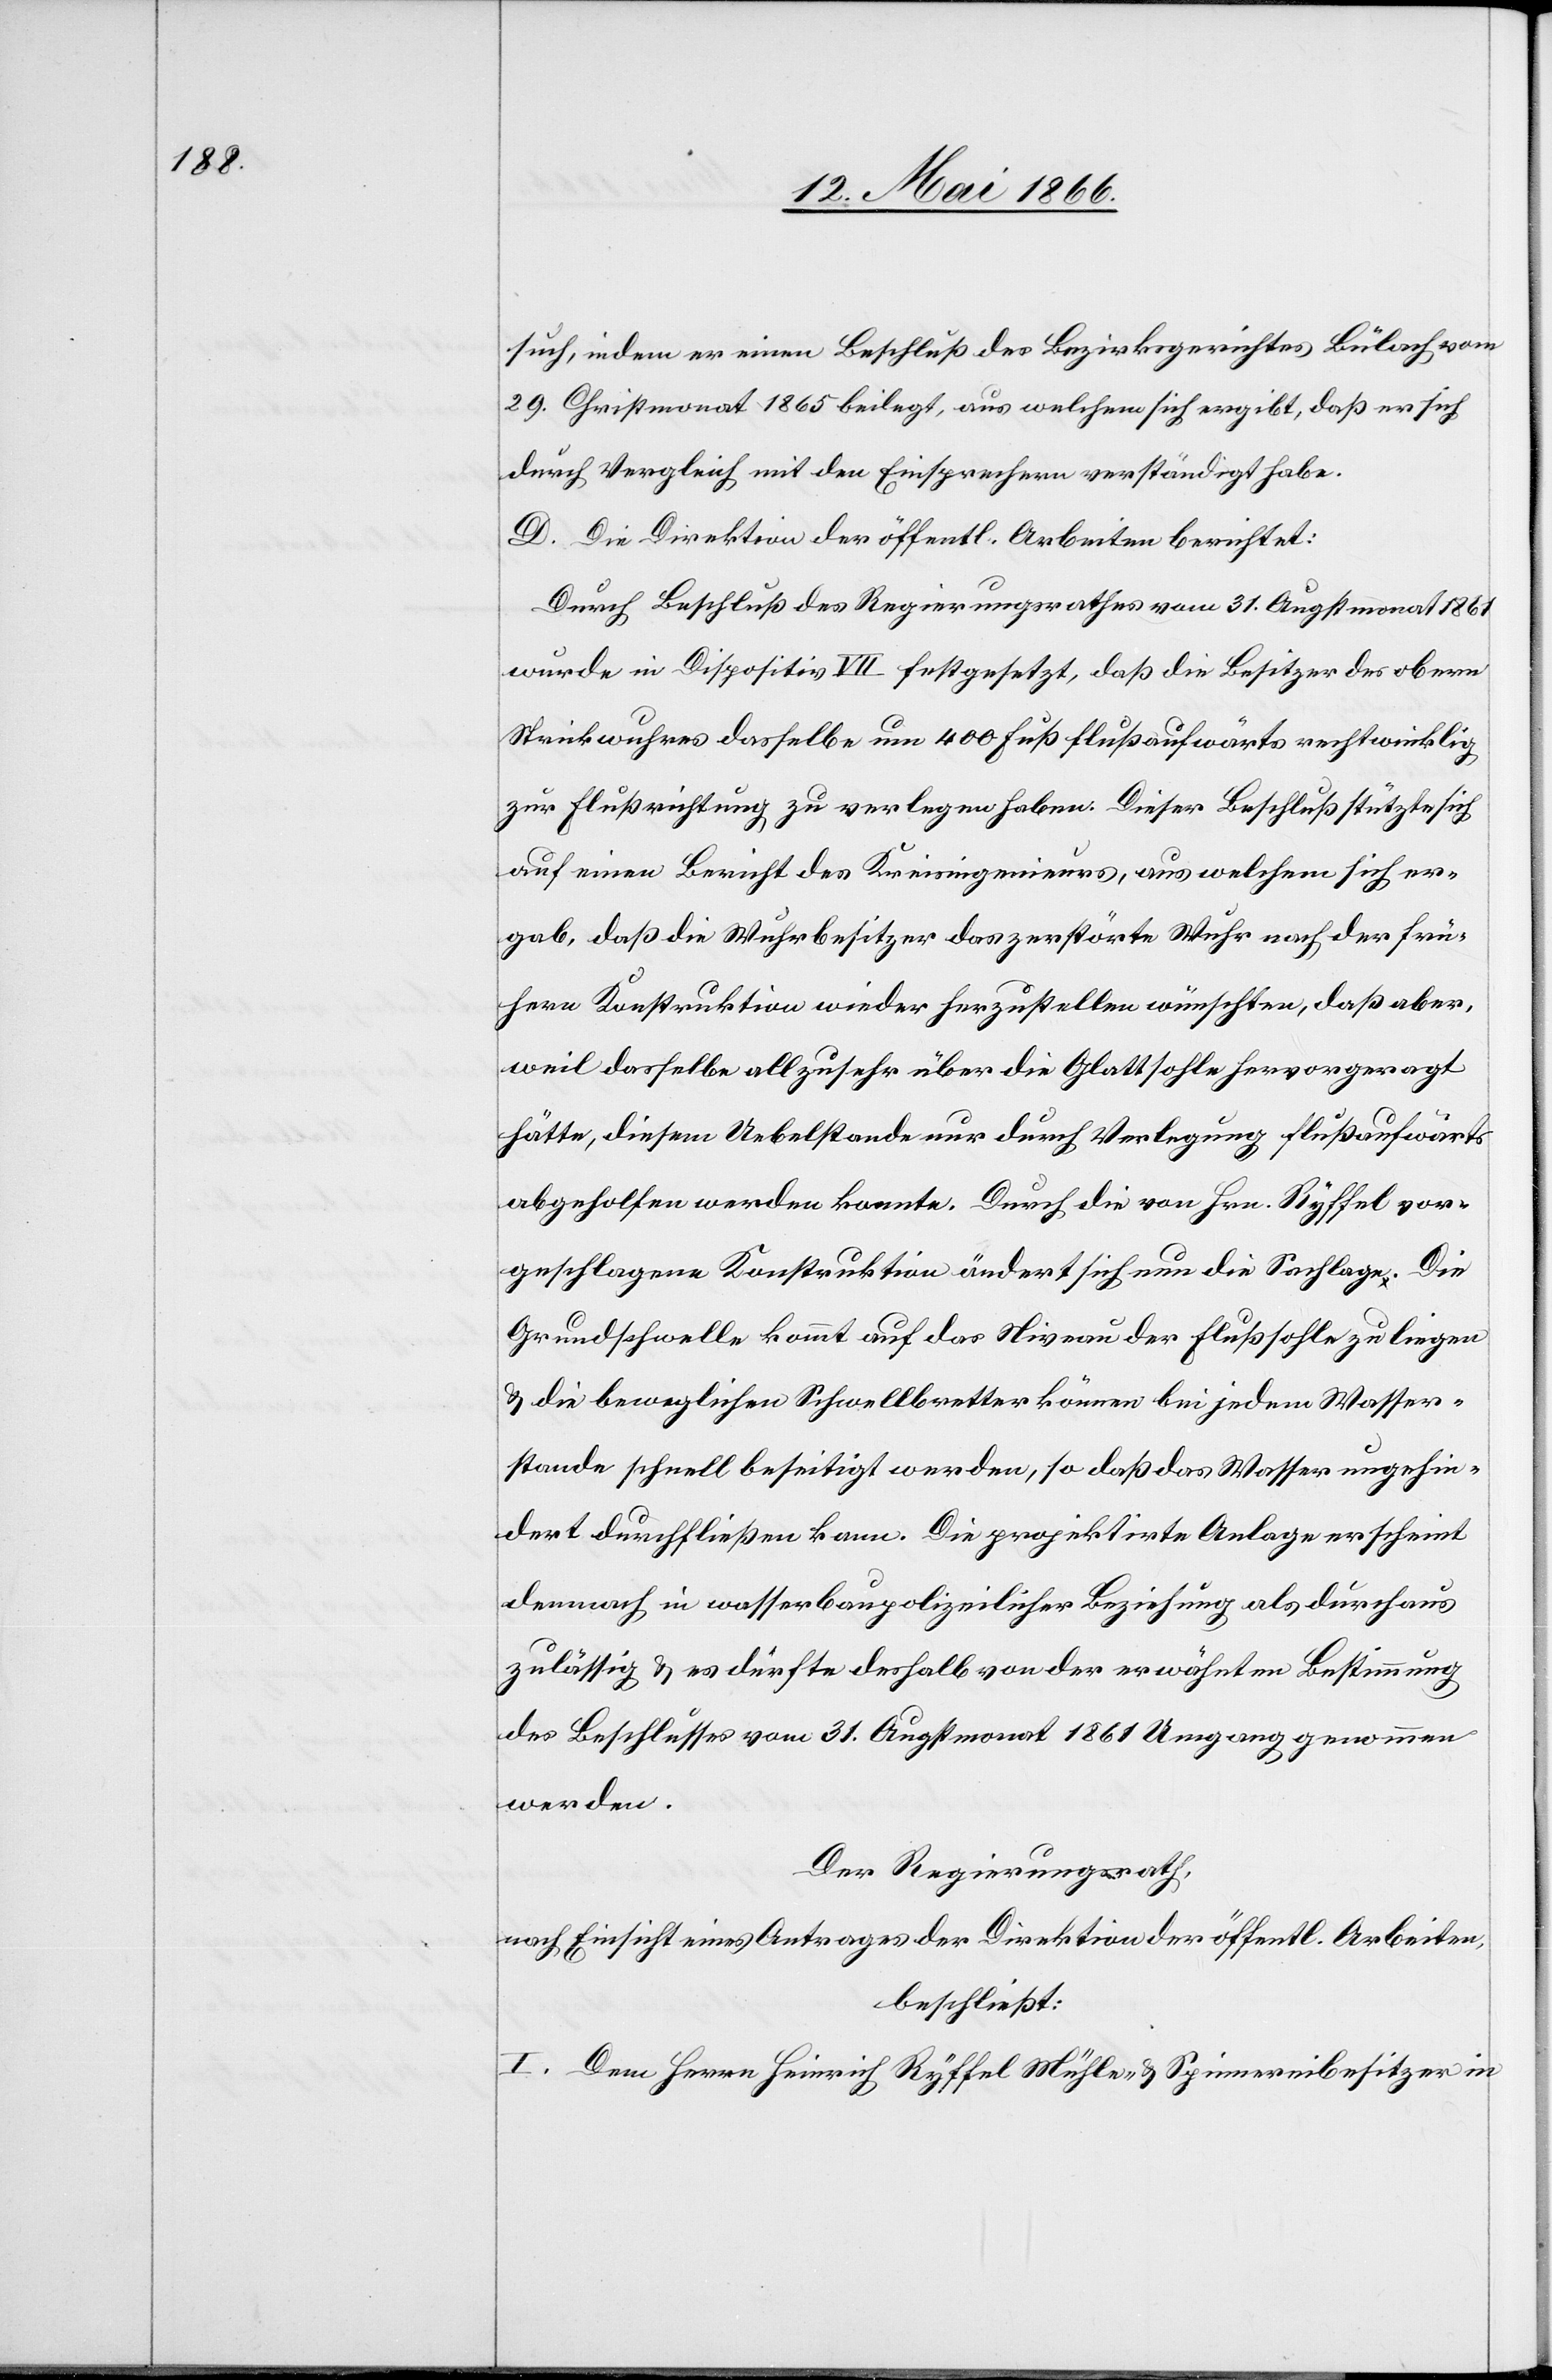
such, indem er einen Beschluß des Bezirksgerichtes Bülach vom
29. Christmonat beilegt, aus welchem sich ergibt, daß er sich
durch Vergleich mit den Einsprechern verständigt habe.
D. Die Direktion der öffentl Arbeiten berichtet:
Durch Beschluß des Regierungsrathes vom 31. Augstmonat 1861
wurde in Dispositiv VII festgesetzt, daß die Besitzer des obern
Strickwuhres dasselbe um 400 Fuß flußaufwärts rechtwinklig
zur Flußrichtung zu verlegen haben. Dieser Beschluß stützt sich
auf einen Bericht des Kreisingenieurs, aus welchem sich er¬
gibt, daß die Wuhrbesitzer das zerstörte Wuhr nach der frü¬
hern Konstruktion wieder herzustellen wünschen, daß aber,
weil dasselbe allzusehr über die Glattsohle hervorgeragt
hätte, diesem Uebelstande nur durch Verlegung flußaufwärts
abgeholfen werden konnte. Durch die von Hrn. Ryffel vor¬
geschlagene Konstruktion ändert sich nun die Sachlage. Die
Grundschwelle kommt auf das Niveau der Flußsohle zu liegen
u. die beweglichen Schwellbretter können bei jedem Wasser¬
stande schnell beseitigt werden, so daß das Wasser ungehin¬
dert durchfließen kann. Die projektirte Anlage erscheint
demnach in wasserbaupolizeilicher Beziehung als durchaus
zulässig u. es dürfte deshalb von der erwähnten Bestimmung
des Beschlusses vom 31. Augstmonat 1861 Umgang genommen
werden.
Der Regierungsrath,
nach Einsicht eines Antrages der Direktion der öffentl. Arbeiten,
beschließt:
I. Dem Herrn Heinrich Ryffel Mühle- u. Spinnereibesitzer in